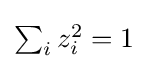
{\textstyle \sum _{i}z_{i}^{2}=1}